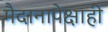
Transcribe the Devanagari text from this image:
मैदानापेक्षाही